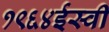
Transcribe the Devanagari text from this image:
१९६४ईस्वी